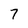
Character: 7